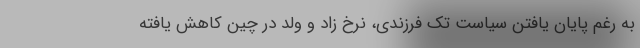
به رغم پایان یافتن سیاست تک فرزندی، نرخ زاد و ولد در چین کاهش یافته